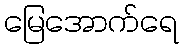
မြေအောက်ရေ